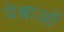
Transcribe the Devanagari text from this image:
पेश्वाओं